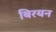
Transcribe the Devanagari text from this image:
बिरयन